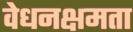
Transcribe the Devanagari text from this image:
वेधनक्षमता